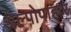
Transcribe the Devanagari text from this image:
अल्पोपाहार